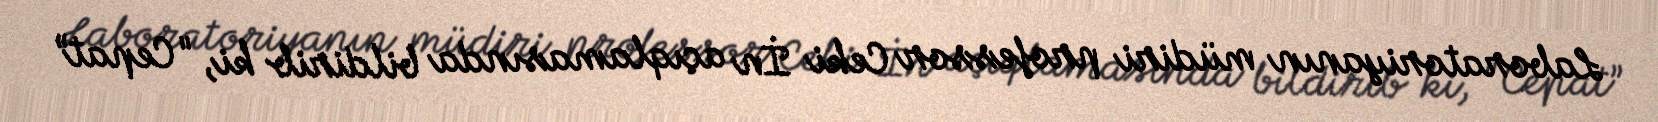
Laboratoriyanın müdiri professor Ceki İn açıqlamasında bildirib ki, "Cepat”